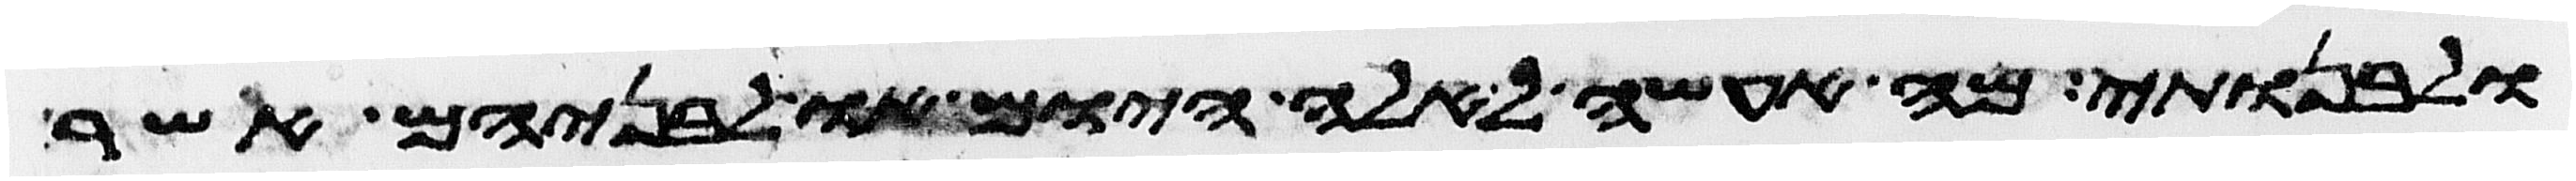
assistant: ולבנותי מה אעשה לאלה היום או לבניהם אשר